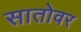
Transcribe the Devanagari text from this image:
सातोवर